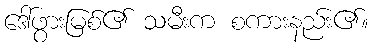
ဒေါ်ဖွားမြစ်၏ သမီးက စကားနည်း၏။